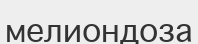
мелиондоза